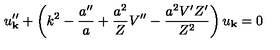
u _ { \bf k } ^ { \prime \prime } + \left( k ^ { 2 } - \frac { a ^ { \prime \prime } } { a } + \frac { a ^ { 2 } } { Z } V ^ { \prime \prime } - \frac { a ^ { 2 } V ^ { \prime } Z ^ { \prime } } { Z ^ { 2 } } \right) u _ { \bf k } = 0